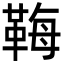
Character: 𩊱